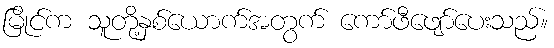
မြိုင်က သူတို့နှစ်ယောက်အတွက် ကော်ဖီဖျော်ပေးသည်။